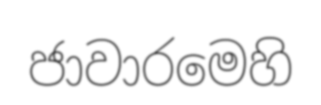
ජාවාරමෙහි